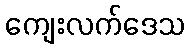
ကျေးလက်ဒေသ